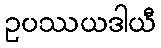
ဥပဿယဒါယီ